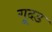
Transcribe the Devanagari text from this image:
गूदड